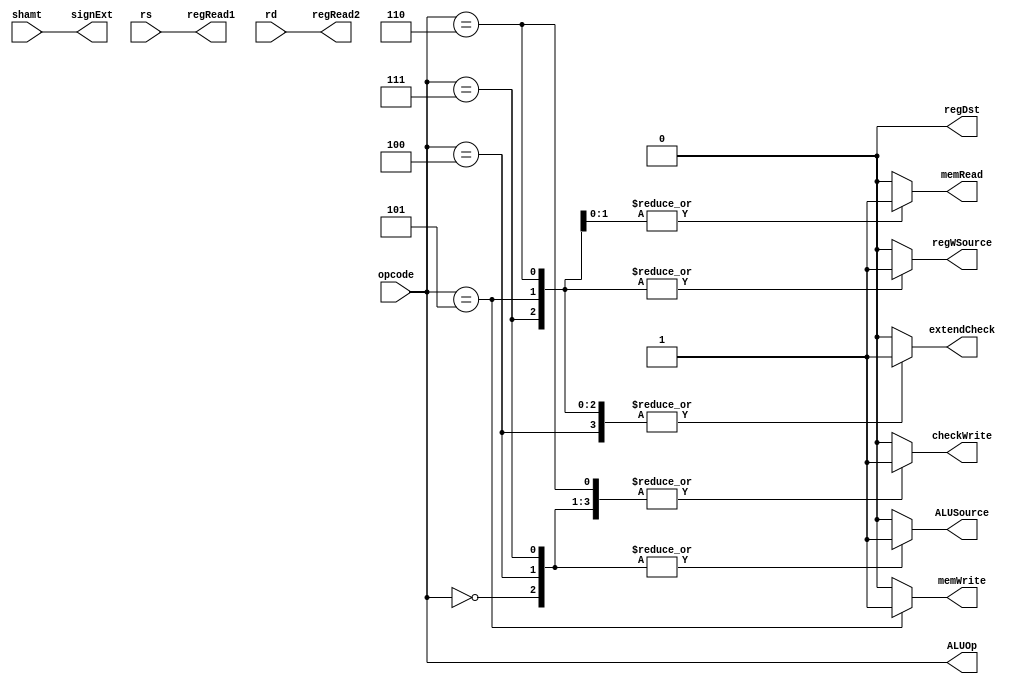
//8-bit control unit
module control_unit (opcode, rs, rd, shamt, ALUOp, checkWrite, regRead1, regRead2, memRead, memWrite, ALUSource, regDst, regWSource, signExt, extendCheck);

    // input [7:0] address;
    input [2:0] opcode, shamt;
    input rs, rd;
    
    output reg [2:0] ALUOp, signExt;
    output reg checkWrite, regRead1, regRead2, memRead, memWrite, ALUSource, regDst, regWSource, extendCheck;
    
    always@(*)
        begin
            case (opcode)
            
            3'b000: //add
                begin
                    checkWrite = 1;
                    regRead1 = rs;
                    regRead2 = rd;
                    ALUOp = opcode;
                    ALUSource = 1;
                    regDst = 0;
                    regWSource = 0;
                    extendCheck = 0;
                    signExt = shamt;
                    memRead = 0;
                    memWrite = 0;
                end
               
            3'b100: //addi
                begin
                    checkWrite = 1;
                    regRead1 = rs;
                    regRead2 = rd;
                    ALUOp = opcode;
                    ALUSource = 1;
                    regDst = 0;
                    regWSource = 0;
                    extendCheck = 1;
                    signExt = shamt;                
                    memRead = 0;
                    memWrite = 0;
                end
                
            3'b101: //sw
                begin
                    checkWrite = 0;
                    regRead1 = rs;
                    regRead2 = rd;
                    ALUOp = opcode;
                    ALUSource = 0;
                    regDst = 0;
                    regWSource = 1; //changed on 04/14/2023
                    extendCheck = 1;
                    signExt = shamt;                
                    memRead = 1;
                    memWrite = 1;
                end
                
            3'b110: //lw
                begin
                    checkWrite = 1;
                    regRead1 = rs;
                    regRead2 = rd;
                    ALUOp = opcode;
                    ALUSource = 0;
                    regDst = 0;
                    regWSource = 1;
                    extendCheck = 1;
                    signExt = shamt;                
                    memRead = 1;
                    memWrite = 0;
                end
                
            3'b111: //sll
                begin
                    checkWrite = 1;
                    regRead1 = rs;
                    regRead2 = rd;
                    ALUOp = opcode;
                    ALUSource = 1;
                    regDst = 0;
                    regWSource = 1;
                    extendCheck = 1;
                    signExt = shamt;                
                    memRead = 0;
                    memWrite = 0;
                end
           default:
                begin
                    checkWrite = 0;
                    regRead1 = rs;
                    regRead2 = rd;
                    ALUOp = opcode;
                    ALUSource = 0;
                    regDst = 0;
                    regWSource = 0;
                    extendCheck = 0;
                    signExt = shamt;                
                    memRead = 0;
                    memWrite = 0;
                end
            endcase
        end
    
endmodule